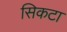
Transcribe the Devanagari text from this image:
सिकटा